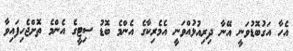
އެހާ އަގުބޮޑުވަނީ އޭނާ ދިރިއުޅުއްވަނީ އެމެރިކާގެ އެންމެ ބޮޑު ސިޓީގެ އެންމެ ތޮށްޖެހިފައިވާ